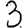
Digit: 3